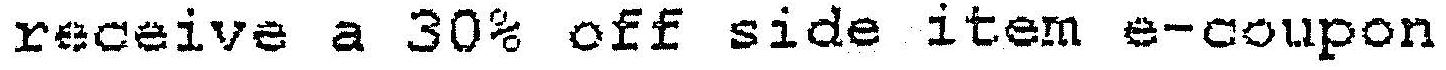
RECEIVE A 30% OFF SIDE ITEM E-COUPON